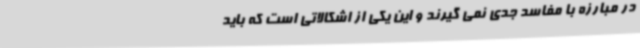
در مبارزه با مفاسد جدی نمی گیرند و این یکی از اشکالاتی است که باید